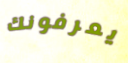
يعرفونك